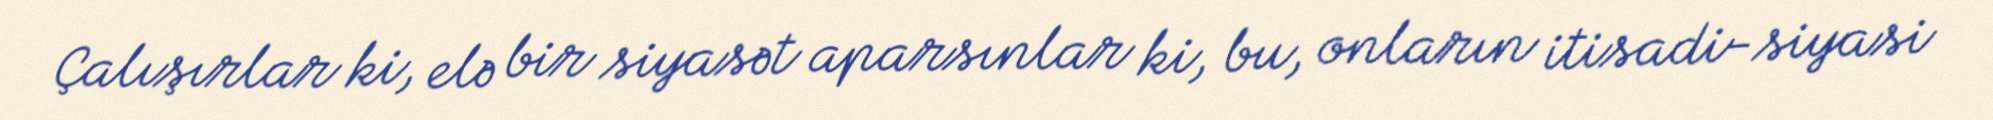
Çalışırlar ki, elə bir siyasət aparsınlar ki, bu, onların itisadi-siyasi